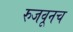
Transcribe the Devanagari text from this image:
रुजवूनच